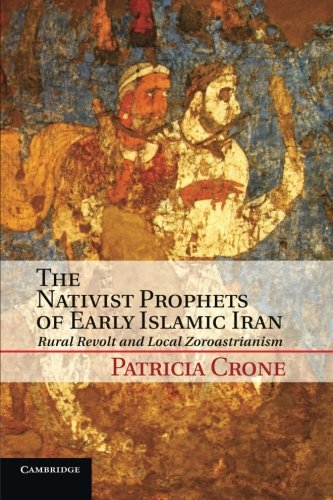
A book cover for The Nativist Prophets of Early Islamic Iran: Rural Revolt and Local Zoroastrianism; Patricia Crone; History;